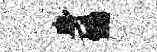
身慟